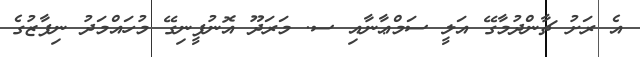
އެ ރަށު ޗާންދުމާގޭ އަލީ ސަމްޢާނާއި ސ. މަރަދޫ އޮނުފީނިގޭ މުހައްމަދު ނިފާޒުގެ